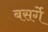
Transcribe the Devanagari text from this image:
बसर्गे